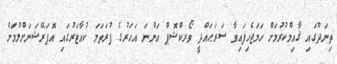
ތިނަދޫގައި ޤާއިމްކުރުމަށް ހަމަޖެހިފައިވާ ސަރަޙައްދީ ވޯރކްޝޮޕް އަންނަ އަހަރުގެ ފުރަތަމަ ކުއާޓަރުގައި އޮޕަރޭޝަނަށްލުމަށް